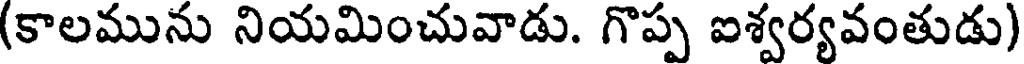
(కాలమును నియమించువాడు. గొప్ప ఐశ్వర్యవంతుడు)